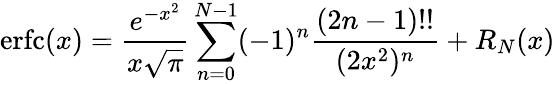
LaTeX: \operatorname{erfc}(x)={\frac{e^{-x^{2}}}{x{\sqrt{\pi}}}}\sum_{n=0}^{N-1}(-1)^{n}{\frac{(2n-1)!!}{(2x^{2})^{n}}}+R_{N}(x)